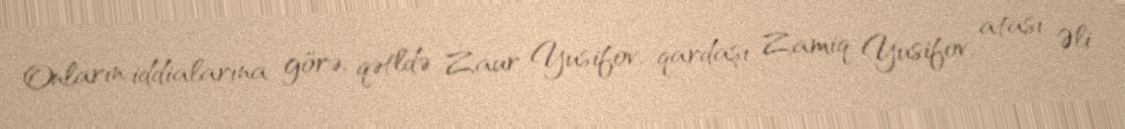
Onların iddialarına görə, qətldə Zaur Yusifov, qardaşı Zamiq Yusifov, atası Əli